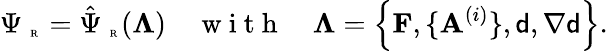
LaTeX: \Psi_{\mathrm{~\tiny~R~}}=\hat{\Psi}_{\mathrm{~\tiny~R~}}(\boldsymbol{\Lambda})\quad\mathrm{~w~i~t~h~}\quad\boldsymbol{\Lambda}=\left\{ \mathbf{F},\{ \mathbf{A}^{(i)}\} ,{\mathsf{d}},\nabla{\mathsf{d}}\right\} .